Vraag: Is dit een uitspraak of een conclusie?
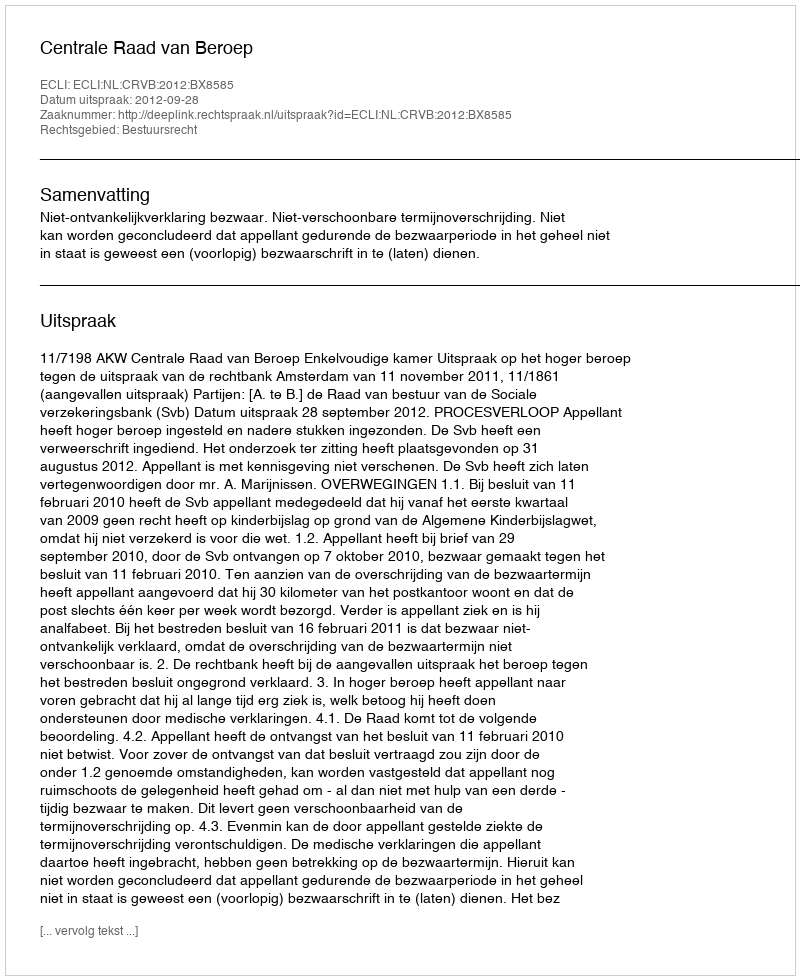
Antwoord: Uitspraak